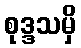
စုဒ္ဒသမှိ